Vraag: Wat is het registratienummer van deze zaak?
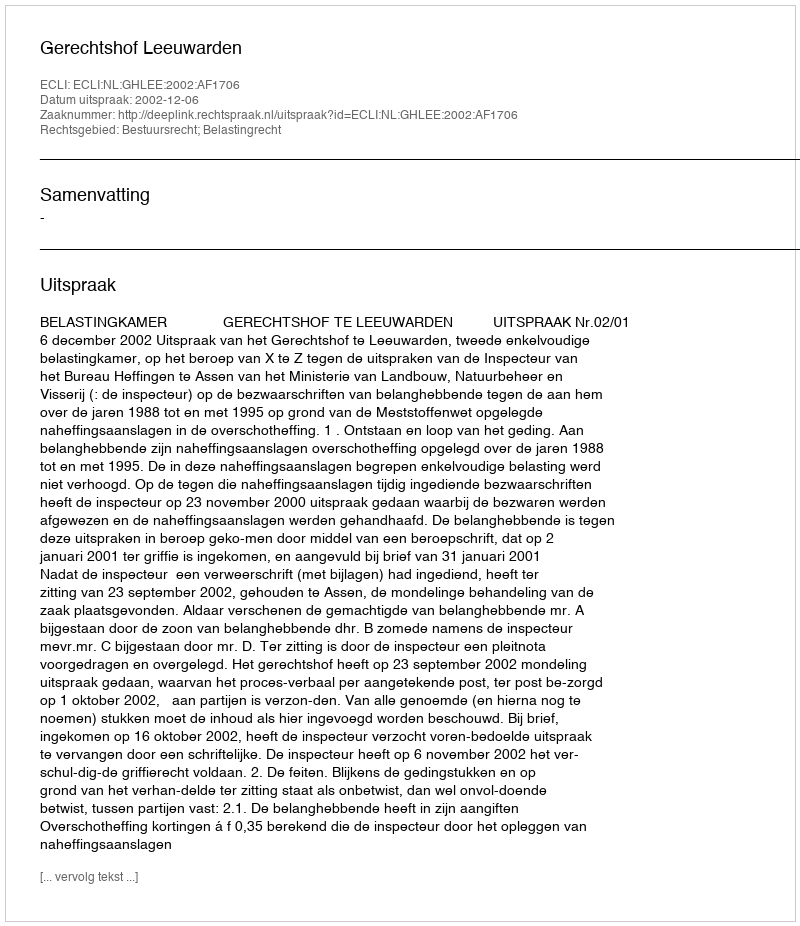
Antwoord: http://deeplink.rechtspraak.nl/uitspraak?id=ECLI:NL:GHLEE:2002:AF1706